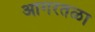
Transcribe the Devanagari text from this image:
आगरतळा